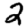
Digit: 2